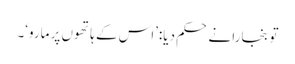
تو بنجارا نے حکم دیا:’اس کے ہاتھوں پر مارو‘۔